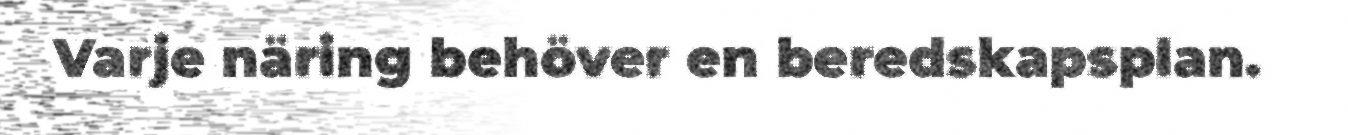
Varje näring behöver en beredskapsplan.